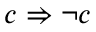
c \Rightarrow \neg c